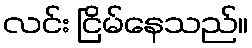
လင်း ငြိမ်နေသည်။